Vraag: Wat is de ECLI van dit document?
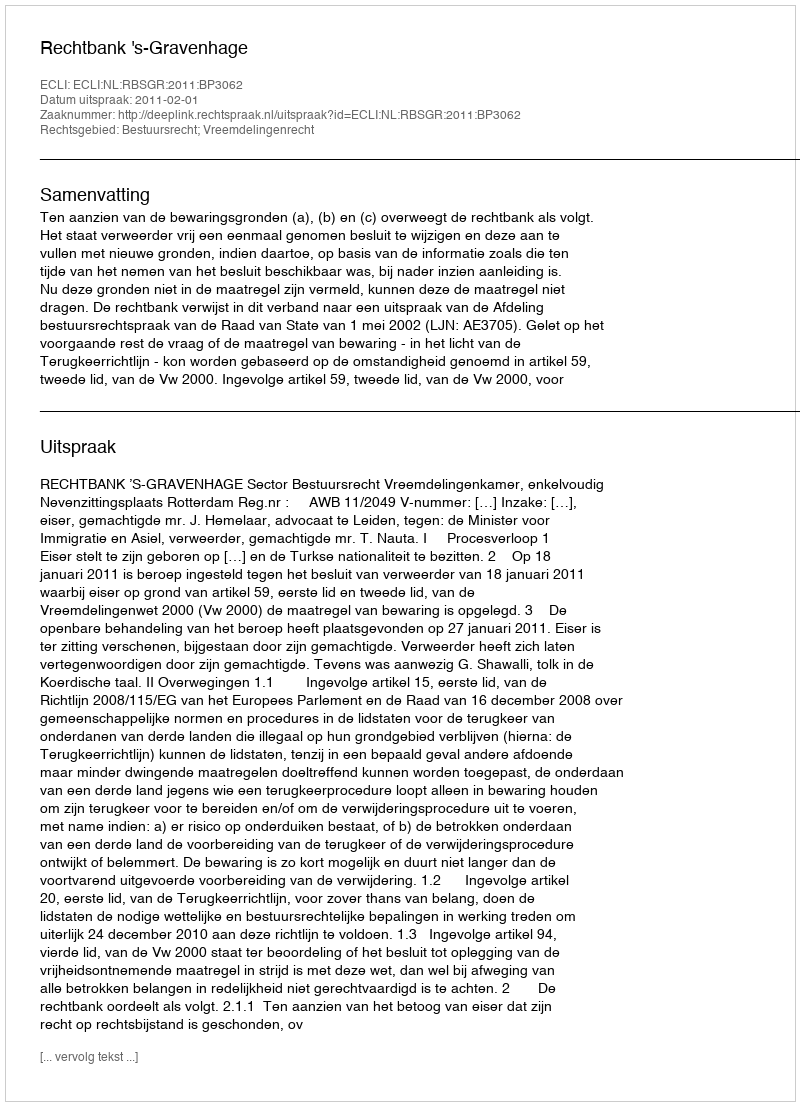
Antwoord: ECLI:NL:RBSGR:2011:BP3062